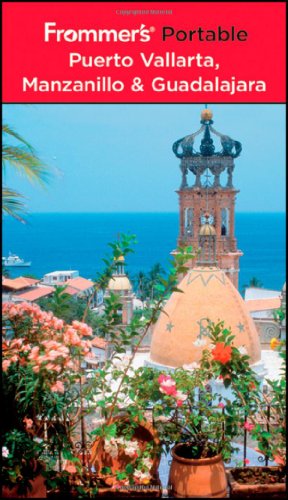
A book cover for Frommer's Portable Puerto Vallarta, Manzanillo & Guadalajara; David Baird; Travel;